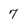
Character: 7